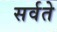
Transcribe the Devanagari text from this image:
सर्वते